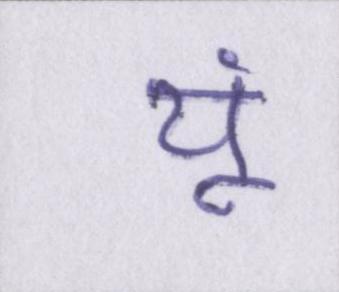
यूं